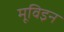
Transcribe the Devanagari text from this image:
मूविइन